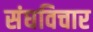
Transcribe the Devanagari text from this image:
संघविचार